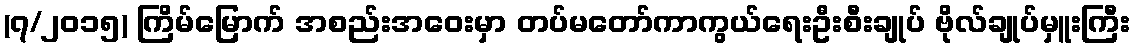
(၇/၂၀၁၅) ကြိမ်မြောက် အစည်းအဝေးမှာ တပ်မတော်ကာကွယ်ရေးဦးစီးချုပ် ဗိုလ်ချုပ်မှူးကြီး